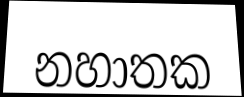
නහාතක